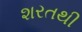
શરતથી